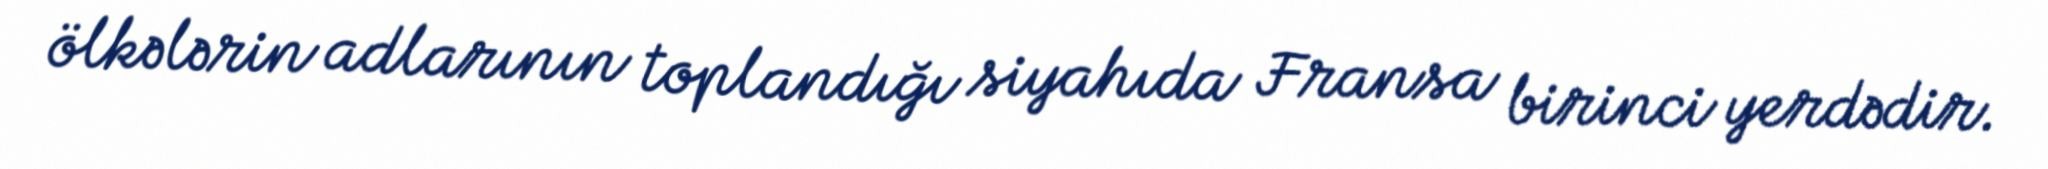
ölkələrin adlarının toplandığı siyahıda Fransa birinci yerdədir.